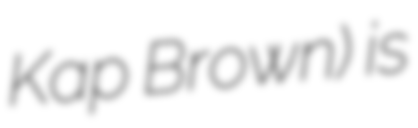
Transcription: Kap Brown) is